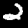
Label: 2